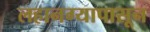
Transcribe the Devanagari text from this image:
लहानग्यापासून